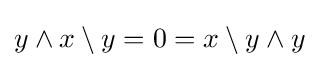
y\wedge x\setminus y=0=x\setminus y\wedge y